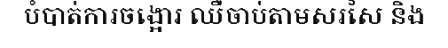
បំបាត់ការចង្អោរ ឈឺចាប់តាមសរសៃ និង